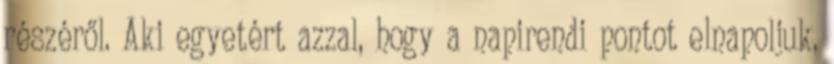
részéről. Aki egyetért azzal, hogy a napirendi pontot elnapoljuk,